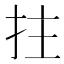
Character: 拄